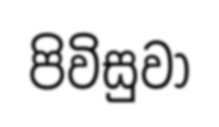
පිවිසුවා